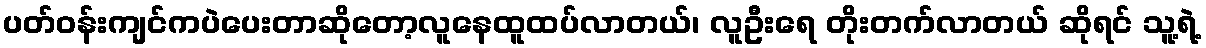
ပတ်ဝန်းကျင်ကပဲပေးတာဆိုတော့လူနေထူထပ်လာတယ်၊ လူဦးရေ တိုးတက်လာတယ် ဆိုရင် သူ့ရဲ့